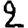
Digit: 2